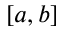
[ a , b ]